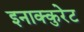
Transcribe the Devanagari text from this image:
इनाक्कुरेट